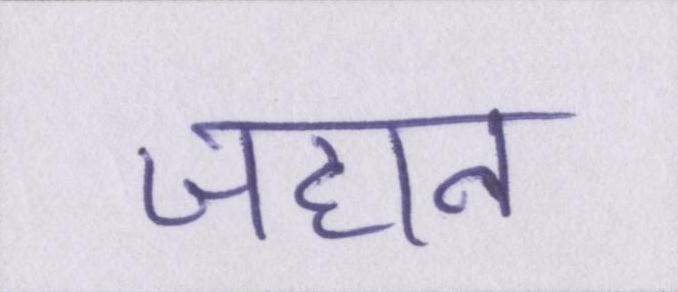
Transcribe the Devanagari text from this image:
जहान